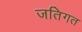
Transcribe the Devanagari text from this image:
जतिगत